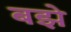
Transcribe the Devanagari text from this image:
बझे